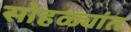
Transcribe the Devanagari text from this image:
सोहळ्यांत